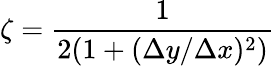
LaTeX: \zeta=\frac{1}{2(1+(\Delta y/\Delta x)^{2})}